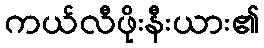
ကယ်လီဖိုးနီးယား၏